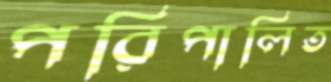
পরিপালিত